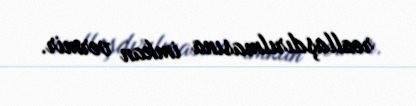
reallaşdırılmasına imkan vermir.